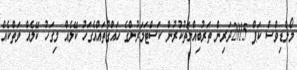
މޯލްޑިވްސް ކަޕް 2015ދަރިން ތަރުބިއްޔަތުކުރުން ކަސްޓަމަރުންގެ ހައްގުތައްއެގަހު ކޭލެއް މިގަހު ކޭލެއް ވަތްކެއް